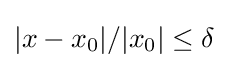
|x-x_{0}|/|x_{0}|\leq \delta